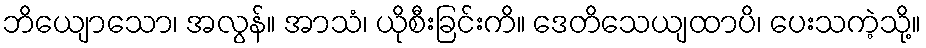
ဘိယျောသော၊ အလွန်။ အာသံ၊ ယိုစီးခြင်းကိ။ ဒေတိသေယျထာပိ၊ ပေးသကဲ့သို့။